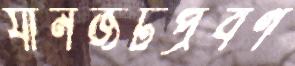
যানজটপ্রবণ